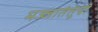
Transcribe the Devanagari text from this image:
मज्जातंतूंची